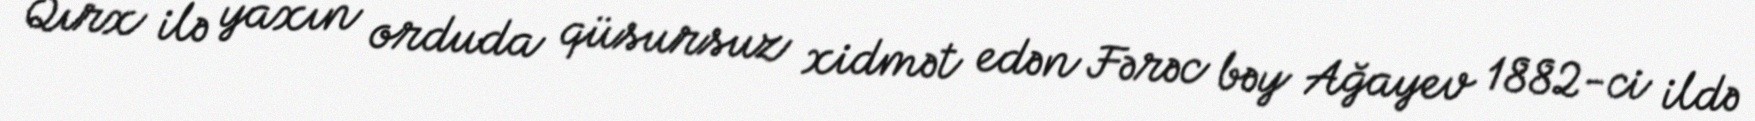
Qırx ilə yaxın orduda qüsursuz xidmət edən Fərəc bəy Ağayev 1882-ci ildə